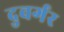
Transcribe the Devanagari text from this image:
दुवर्गर